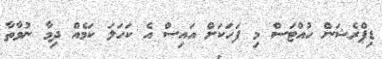
ޑިޕްރެޝަން ހުއްޓަސް މި ފަހަކަށް އައިސް އެ ކަހަލަ ކަމެއް ދިމާ ނުވާތާ